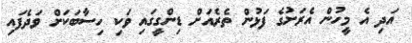
އަދި އެ މީހުން އެރަށުގެ ފަޅުން ތެރެއަށް ޑިންގީގައި ވަކި ހިސާބަކަށް ވަދެފައި